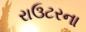
રાઉટરના